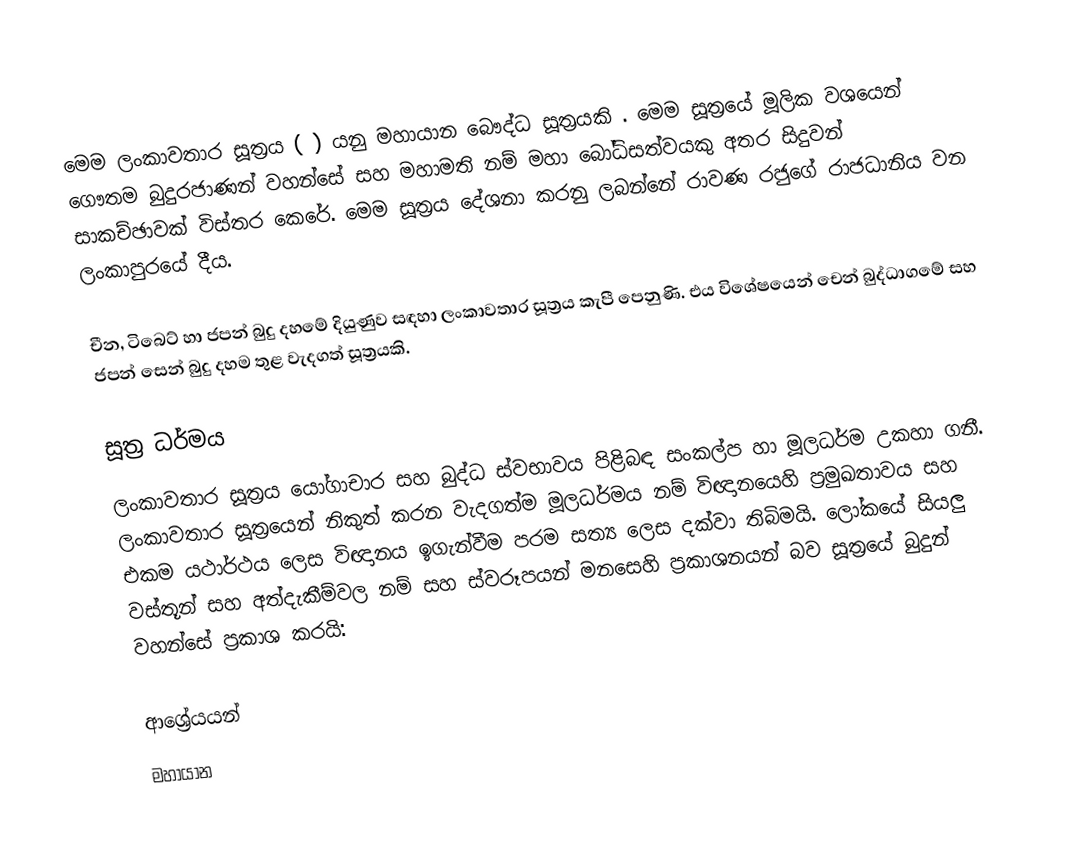
මෙම ලංකාවතාර සූත්‍රය (  ) යනු මහායාන බෞද්ධ සූත්‍රයකි . මෙම සූත්‍රයේ මූලික වශයෙන් ගෞතම බුදුරජාණන් වහන්සේ සහ මහාමති නම් මහා බෝධිසත්වයකු අතර සිදුවන් සාකච්ඡාවක් විස්තර කෙරේ. මෙම සූත්‍රය දේශනා කරනු ලබන්නේ රාවණ රජුගේ රාජධානිය වන ලංකාපුරයේ දීය.

චීන, ටිබෙට් හා ජපන් බුදු දහමේ දියුණුව සඳහා ලංකාවතාර සූත්‍රය කැපී පෙනුණි. එය විශේෂයෙන් චෙන් බුද්ධාගමේ සහ ජපන් සෙන් බුදු දහම තුළ වැදගත් සූත්‍රයකි.

සූත්‍ර ධර්මය
ලංකාවතාර  සූත්‍රය යෝගාචාර සහ බුද්ධ ස්වභාවය පිළිබඳ සංකල්ප හා මූලධර්ම උකහා ගනී.  ලංකාවතාර  සූත්‍රයෙන් නිකුත් කරන වැදගත්ම මූලධර්මය නම් විඥානයෙහි ප්‍රමුඛතාවය සහ එකම යථාර්ථය ලෙස විඥානය ඉගැන්වීම පරම සත්‍ය ලෙස දක්වා තිබිමයි. ලෝකයේ සියලු වස්තූන් සහ අත්දැකීම්වල නම් සහ ස්වරූපයන් මනසෙහි ප්‍රකාශනයන් බව සූත්‍රයේ බුදුන් වහන්සේ ප්‍රකාශ කරයි:

ආශ්‍රේයයන්
මහායාන